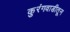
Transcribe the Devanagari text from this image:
कुरंगवाडीतून